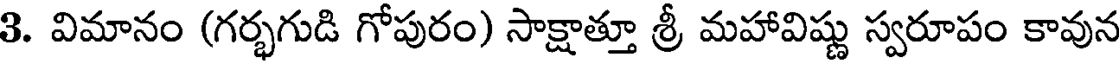
3. విమానం (గర్భగుడి గోపురం) సాక్షాత్తూ శ్రీ మహావిష్ణు స్వరూపం కావున